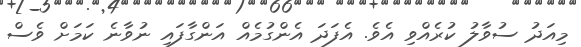
މިއަދު ސުވާލު ކުރެއްވި އެވެ. އެފަދަ އެންގުމެއް އަންގާފައި ނުވާނެ ކަމަށް ވެސް